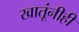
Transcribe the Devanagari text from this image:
खातूंनीही